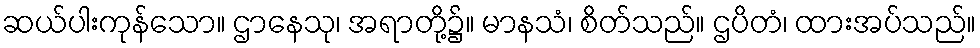
ဆယ်ပါးကုန်သော။ ဌာနေသု၊ အရာတို့၌။ မာနသံ၊ စိတ်သည်။ ဌပိတံ၊ ထားအပ်သည်။